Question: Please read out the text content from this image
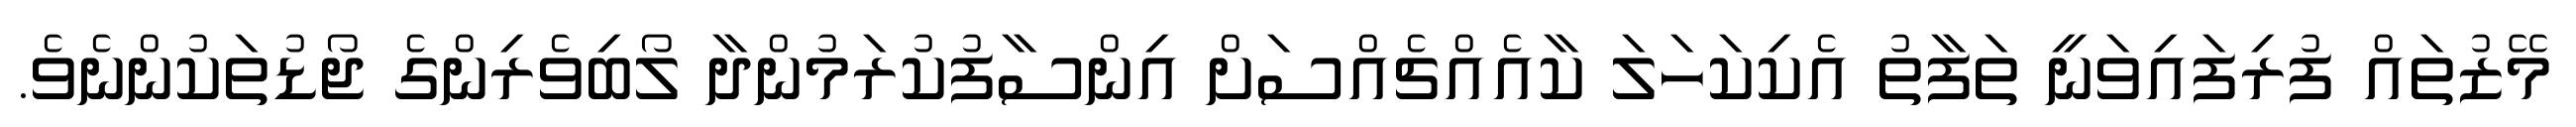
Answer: މޭޒުތައް ފުރިފައިވަނީ ތަފާތު އެކިކަހަލަ ކާއެއްޗެއްސަށް އިންސާފުކުރަމުންދާ ލޯބިވެރިންގެ ޖޯޑުތަކުންނެވެ.